Report of the Indian Hemp Drugs Commission, 1894-1895 - Volume VI
Year: 1894
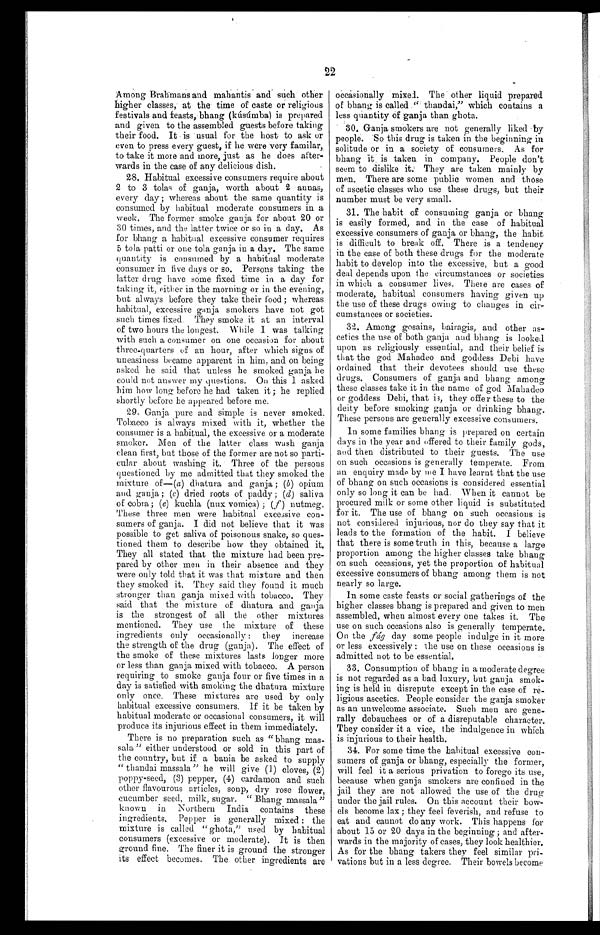
22
Among Brahmans and mahantis and such other
higher classes, at the time of caste or religious
festivals and feasts, bhang (kúsúmba) is prepared
and given to the assembled guests before taking
their food. It is usual for the host to ask or
even to press every guest, if he were very familar
,
to take it more and more, just as he does after- -
wards in the case of any delicious dish.
28. Habitual excessive consumers require about
2 to 3 tolas of ganja, worth about 2 annas,
every day; whereas about the same quantity is
consumed by habitual moderate consumers in a
week. The former smoke ganja for about 20 or
30 times, and the latter twice or so in a day. As
for bhang a habitual excessive consumer requires
5 tola patti or one tola ganja in a day. The same
quantity is consumed by a habitual moderate
consumer in five days or so. Persons taking the
latter drug have some fixed time in a day for
taking it, either in the morning or in the evening,
but always before they take their food; whereas
habitual, excessive ganja smokers have not got
such times fixed. They smoke it at an interval
of two hours the longest. While I was talking
with such a consumer on one occasion for about
three-quarters of an hour, after which signs of
uneasiness became apparent in him, and on being
asked he said that unless he smoked ganja he
could not answer my questions. On this I asked
him how long before he had taken it; he replied
shortly before he appeared before me.
29. Ganja pure and simple is never smoked.
Tobacco is always mixed with it, whether the
consumer is a habitual, the excessive or a moderate
smoker. Men of the latter class wash ganja
clean first, but those of the former are not so parti-
-
cular about washing it. Three of the persons
questioned by me admitted that they smoked the
mixture of—(a) dhatura and ganja; (b) opium
and ganja; (c) dried roots of paddy ; (d) saliva
of cobra; (e) kuchla (nux vomica) ; (f) nutmeg.
These three men were habitual excessive con- -
sumers of ganja. I did not believe that it was
possible to get saliva of poisonous snake, so ques- -
tioned them to describe how they obtained it.
They all stated that the mixture had been pre- -
pared by other men in their absence and they
were only told that it was that mixture and then
they smoked it. They said they found it much
stronger than ganja mixed with tobacco. They
said that the mixture of dhatura and ganja
is the strongest of all the other mixtures
mentioned. They use the mixture of these
ingredients only occasionally: they increase
the strength of the drug (ganja). The effect of
the smoke of these mixtures lasts longer more
or less than ganja mixed with tobacco. A person
requiring to smoke ganja four or five times in a
day is satisfied with smoking the dhatura mixture
only once. These mixtures are used by only
habitual excessive consumers. If it be taken by
habitual moderate or occasional consumers, it will
produce its injurious effect in them immediately.
There is no preparation such as "bhang mas-
-
sala " either understood or sold in this part of
the country, but if a bania be asked to supply
"thandai massala" he will give (1) cloves, (2)
poppy-seed, (3) pepper, (4) cardamon and such
other flavourous articles, sonp, dry rose flower,
cucumber seed, milk, sugar. "Bhang massala"
known in Northern India contains these
ingredients, Pepper is generally mixed: the
mixture is called "ghota," used by habitual
consumers (excessive or moderate). It is then,
ground fine. The finer it is ground the stronger
its effect becomes. The other ingredients are
occasionally mixerd. The other liquid prepared
of bhang is called "thandai," which contains a
less quantity of ganja than ghota.
Ganja smokers are not generally liked by
people. So this drug is taken in the beginning
in
solitude or in a society of consumers. As for
bhang it is taken in company. People don't
seem to dislike it. They are taken mainly by
men, There are some public women and those
of ascetic classes who use these drugs, but their
number must be very small.
The habit of consuming ganja or bhang
is easily formed, and in the case of habitual
excessive consumers of ganja or bhang, the habit
is difficult to break off. There is a tendency
in the case of both these drugs for the moderate
habit to develop into the excessive, but a good
deal depends upon the circumstances or societies
in which a consumer lives. There are cases of
moderate, habitual consumers having given up
the use of these drugs owing to changes in cir- -
cumstances or societies.
32. Among gosains, bairagis, and other as- -
cetics the use of both ganja and bhang is looked
upon as religiously essential, and their belief is
that the god Mahadeo and goddess Debi have
ordained that their devotees should use these
drugs. Consumers of ganja and bhang among
these classes take it in the name of god Mahadeo
or goddess Debi, that is, they offer these to the
deity before smoking ganja or drinking bhang.
These persons are generally excessive consumers.
In some families bhang is prepared on certain
days in the year and offered to their family gods,
and then distributed to their guests. The use
on such occasions is generally temperate. From
an enquiry made by me I have learnt that the use
of bhang on such occasions is considered essential
only so long it can be had. When it cannot be
procured milk or some other liquid is substituted
for it. The use of bhang on such occasions is
not considered injurious, nor do they say that it
leads to the formation of the habit. I believe
that there is some truth in this, because a large
proportion among the higher classes take bhang
on such occasions, yet the proportion of habitual
excessive consumers of bhang among them is not
nearly so large.
In some caste feasts or social gatherings of the
higher classes bhang is prepared and given to men
assembled, when almost every one takes it. The
use on such occasions also is generally temperate.
On the fágday some people indulge in it more
or less excessively: the use on these occasions is
admitted not to be essential.
33. Consumption of bhang in a moderate degree
is not regarded as a bad luxury, but ganja smok-
-
ing is held in disrepute except in the case of re-
-
ligious ascetics. People consider the ganja smoker
as an unwelcome associate. Such men are gene-
-
rally debauchees or of a disreputable character.
They consider it a vice, the indulgence in which
is injurious to their health.
34. For some time the habitual excessive con-
-
sumers of ganja or bhang, especially the former,
will feel it a serious privation to forego its use,
because when ganja smokers are confined in the
jail they are not allowed the use of the drug
under the jail rules. On this account their bow-
-
els become lax; they feel feverish, and refuse to
eat and cannot do any work. This happens for
about 15 or 20 days in the beginning; and after- -
wards in the majority of cases, they look healthier.
As for the bhang takers they feel similar pri-
-
vations but in a less degree. Their bowels become